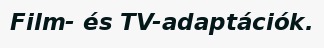
Film- és TV-adaptációk.